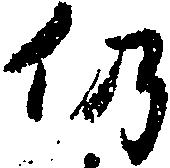
仍